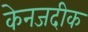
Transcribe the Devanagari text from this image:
केनजदीक